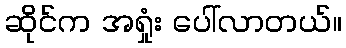
ဆိုင်က အရှုံး ပေါ်လာတယ်။